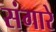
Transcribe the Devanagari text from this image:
संगारे